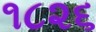
૧૮૨૬